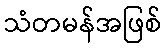
သံတမန်အဖြစ်